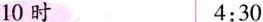
10时 4:30